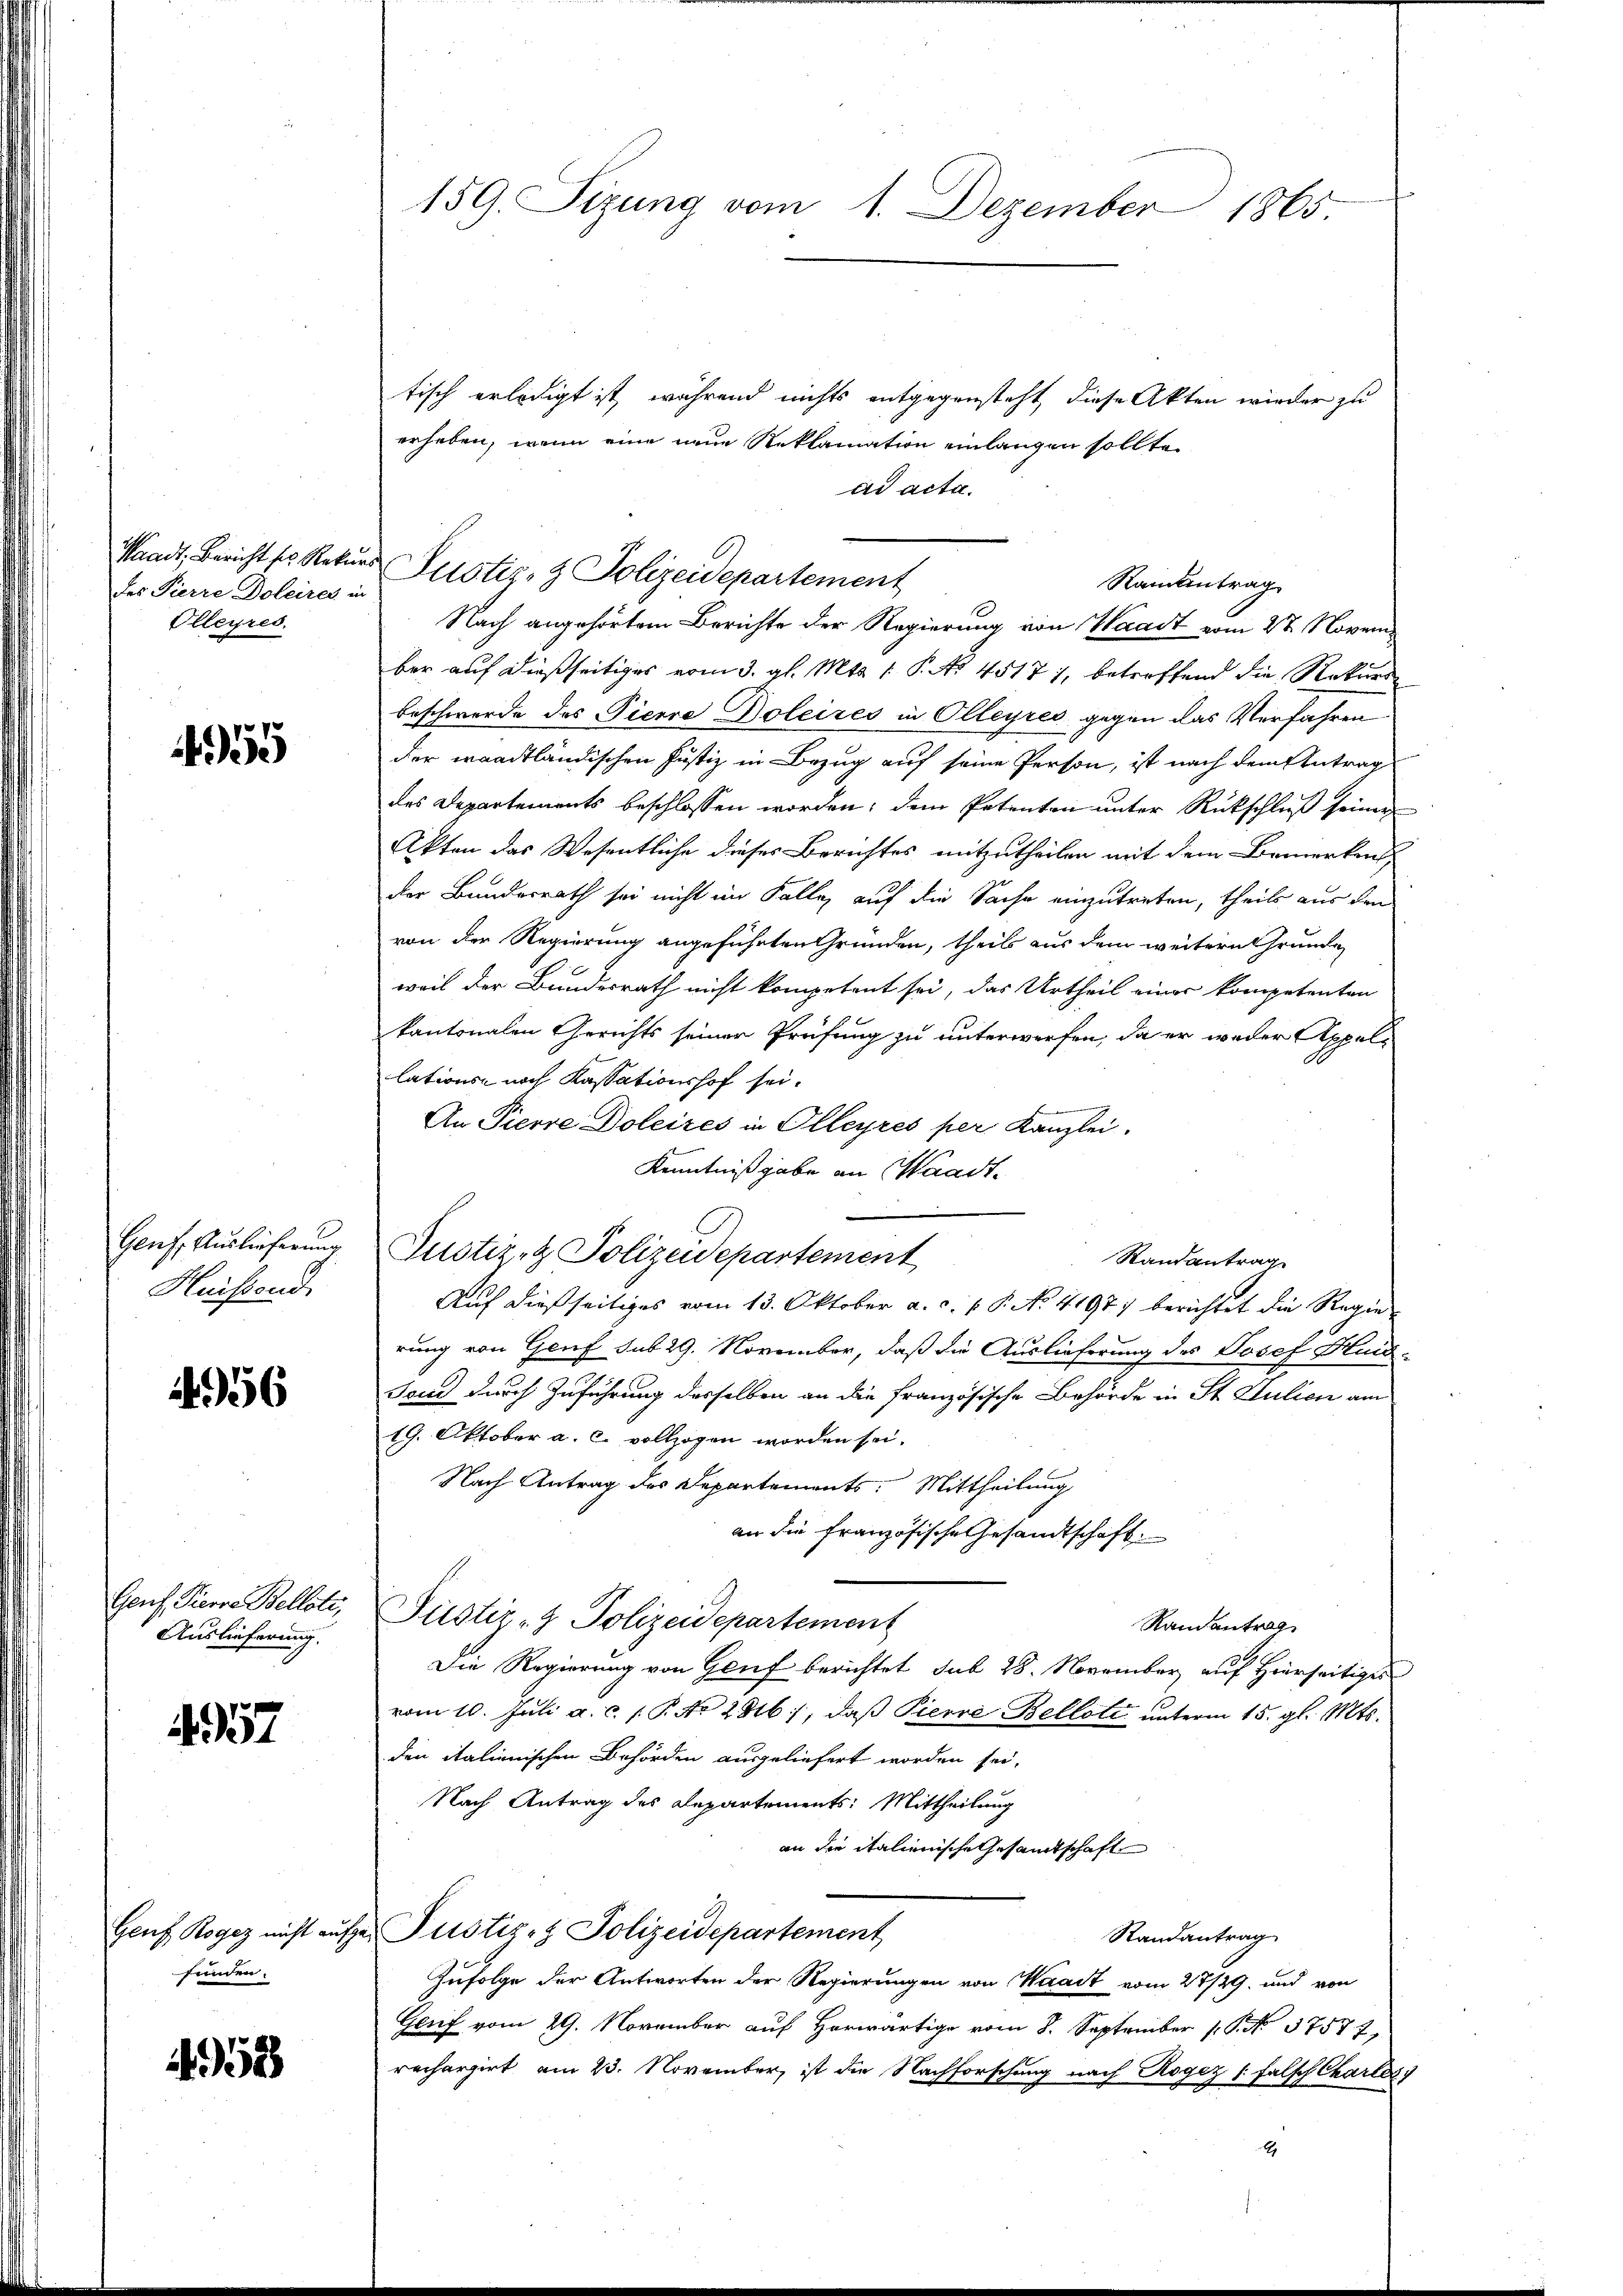
Waadt, Bericht ses Reku
des Pierre Doleires in
Olleyres,

455

Gens Auslieferung
Heisend

456

Genf, Pierre Bellati,
Auslieferung

4957

Genf, Rogez nicht auf
funden.

4953

159. Sizung vom 1. Dezember 1865

tisch erledigt ist, während nichts entgegensteht, diese Akten wieder zu
erheben, wenn eine neue Reklamation einlangen sollte.
ad acta.
Ramantrag
Nach angehörtem Berichte der Regierung von Waadt vom 27. Noveni
ber auf dießseitiges vom 3. gl. Mts. 1. P. No 4517), betreffend die Rekursbeschwerde des Pierre Doleizes in Olleyres gegen das Verfahren
der waadtländischen Justiz in Bezug auf seine Person, ist nach dem Antrag
des Departements beschlossen worden; dem Petenten unter Rückschluß seiner
Akten das Wesentliche dieser Berichtes mitzutheilen mit dem Bemerken
der Bundesrath sei nicht im Falle, auf die Sache einzutreten, theils aus den
von der Regierung angeführten Gründen, theils aus dem weitern Grunde
weil der Bundesrath nicht kompetent sei, das Urtheil einer kompetenten
kantonalen Gerichts seiner Prüfung zu unterwerfen, da er weder Appellations noch Kassationshof sei¬
An Pierre Doleires in Olleyres per Kanzlei.
Kenntnißgabe an Waadt.
Justiz- & Polizeidepartement
Randantrag
Auf dießseitiges vom 13. Oktober a. c. v. P. No. 4197) berichtet die Regierung von Genf sub 29. November, daß die Auslieferung des Josef Heid¬
Fond durch Zuführung desselben an die französische Behörde in St. Julien am
19. Oktober a. c. vollzogen worden sei.
Nach Antrag des Departements: Mittheilung
an die französische Gesandtschaft.
Pustiz- & Polizeidepartement
Ramantrag
Die Regierung von Houf berichtet sub 28. November auf Hierseitiges
vom 10. Juli a. c. 1. P. No 2816), daß Pierre Bellati unterm 15. gl. Mts.
den italienischen Behörden ausgeliefert worden sei,
Nach Antrag des Departements: Mittheilung
an die italienische Gesamtschaft
Justiz- & Polizeidepartement
Randantrag
Zufolge der Antworten der Regierungen von Waadt vom 27/29. und von
Gauf vom 29. November auf herwärtig vom 8. September 1. No. 37577,
rechargirt am 23. November, ist die Nachforschung nach Rogez [falsch Chartey
A

e Justiz- & Polizeidepartement